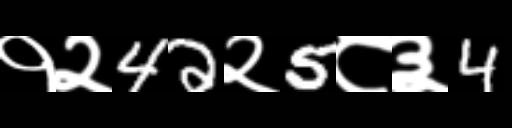
Text: १२42२5८३4